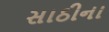
સાઠીના